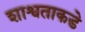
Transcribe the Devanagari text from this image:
शाश्वताकडे